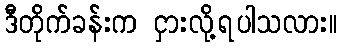
ဒီတိုက်ခန်းက ငှားလို့ရပါသလား။